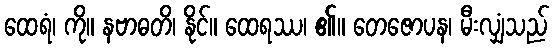
ထေရံ၊ ကို။ နဗာဓတိ၊ နိုင်။ ထေရဿ၊ ၏။ တေဇောပန၊ မီးလျှံသည်